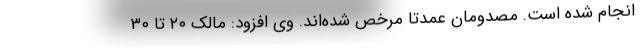
انجام شده است. مصدومان عمدتا مرخص شده‌اند. وی افزود: مالک ۲۰ تا ۳۰